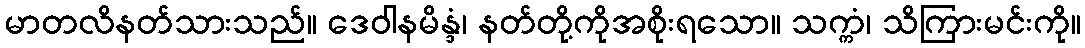
မာတလိနတ်သားသည်။ ဒေဝါနမိန္ဒံ၊ နတ်တို့ကိုအစိုးရသော။ သက္ကံ၊ သိကြားမင်းကို။